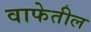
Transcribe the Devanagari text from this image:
वाफेतील